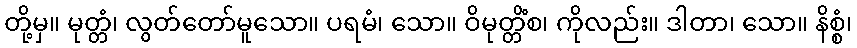
တို့မှ။ မုတ္တံ၊ လွတ်တော်မူသော။ ပရမံ၊ သော။ ဝိမုတ္တိံစ၊ ကိုလည်း။ ဒါတာ၊ သော။ နိစ္စံ၊